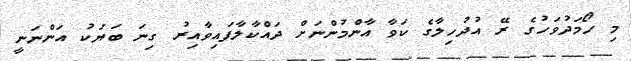
މި ހޯމަދުވަހުގެ ރޭ އުދުހިލާގެ ކަވާ އާންމުންނަށް ދައްކާލާފައިވާއިރު ގިނަ ބަޔަކު އަންނަނީ